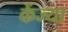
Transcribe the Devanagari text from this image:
केंज्या